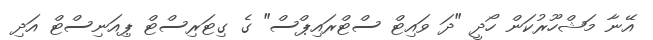
އޭނާ މަޝްހޫރުކަން ހޯދީ "ދަ ވައިޓް ސްޓްރައިޕްސް" ގެ ގިޓަރިސްޓް ޕިއަނިސްޓް އަދި